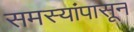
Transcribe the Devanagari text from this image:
समस्यांपासून